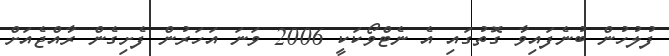
ފުލުހުން ބުނެފައިވާ ގޮތުގައި އެ ނެޓްވޯކަކީ 2006 ވަނަ އަހަރުން ފެށިގެން ރާއްޖެއަށް